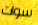
سوات